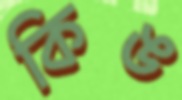
কিঙ